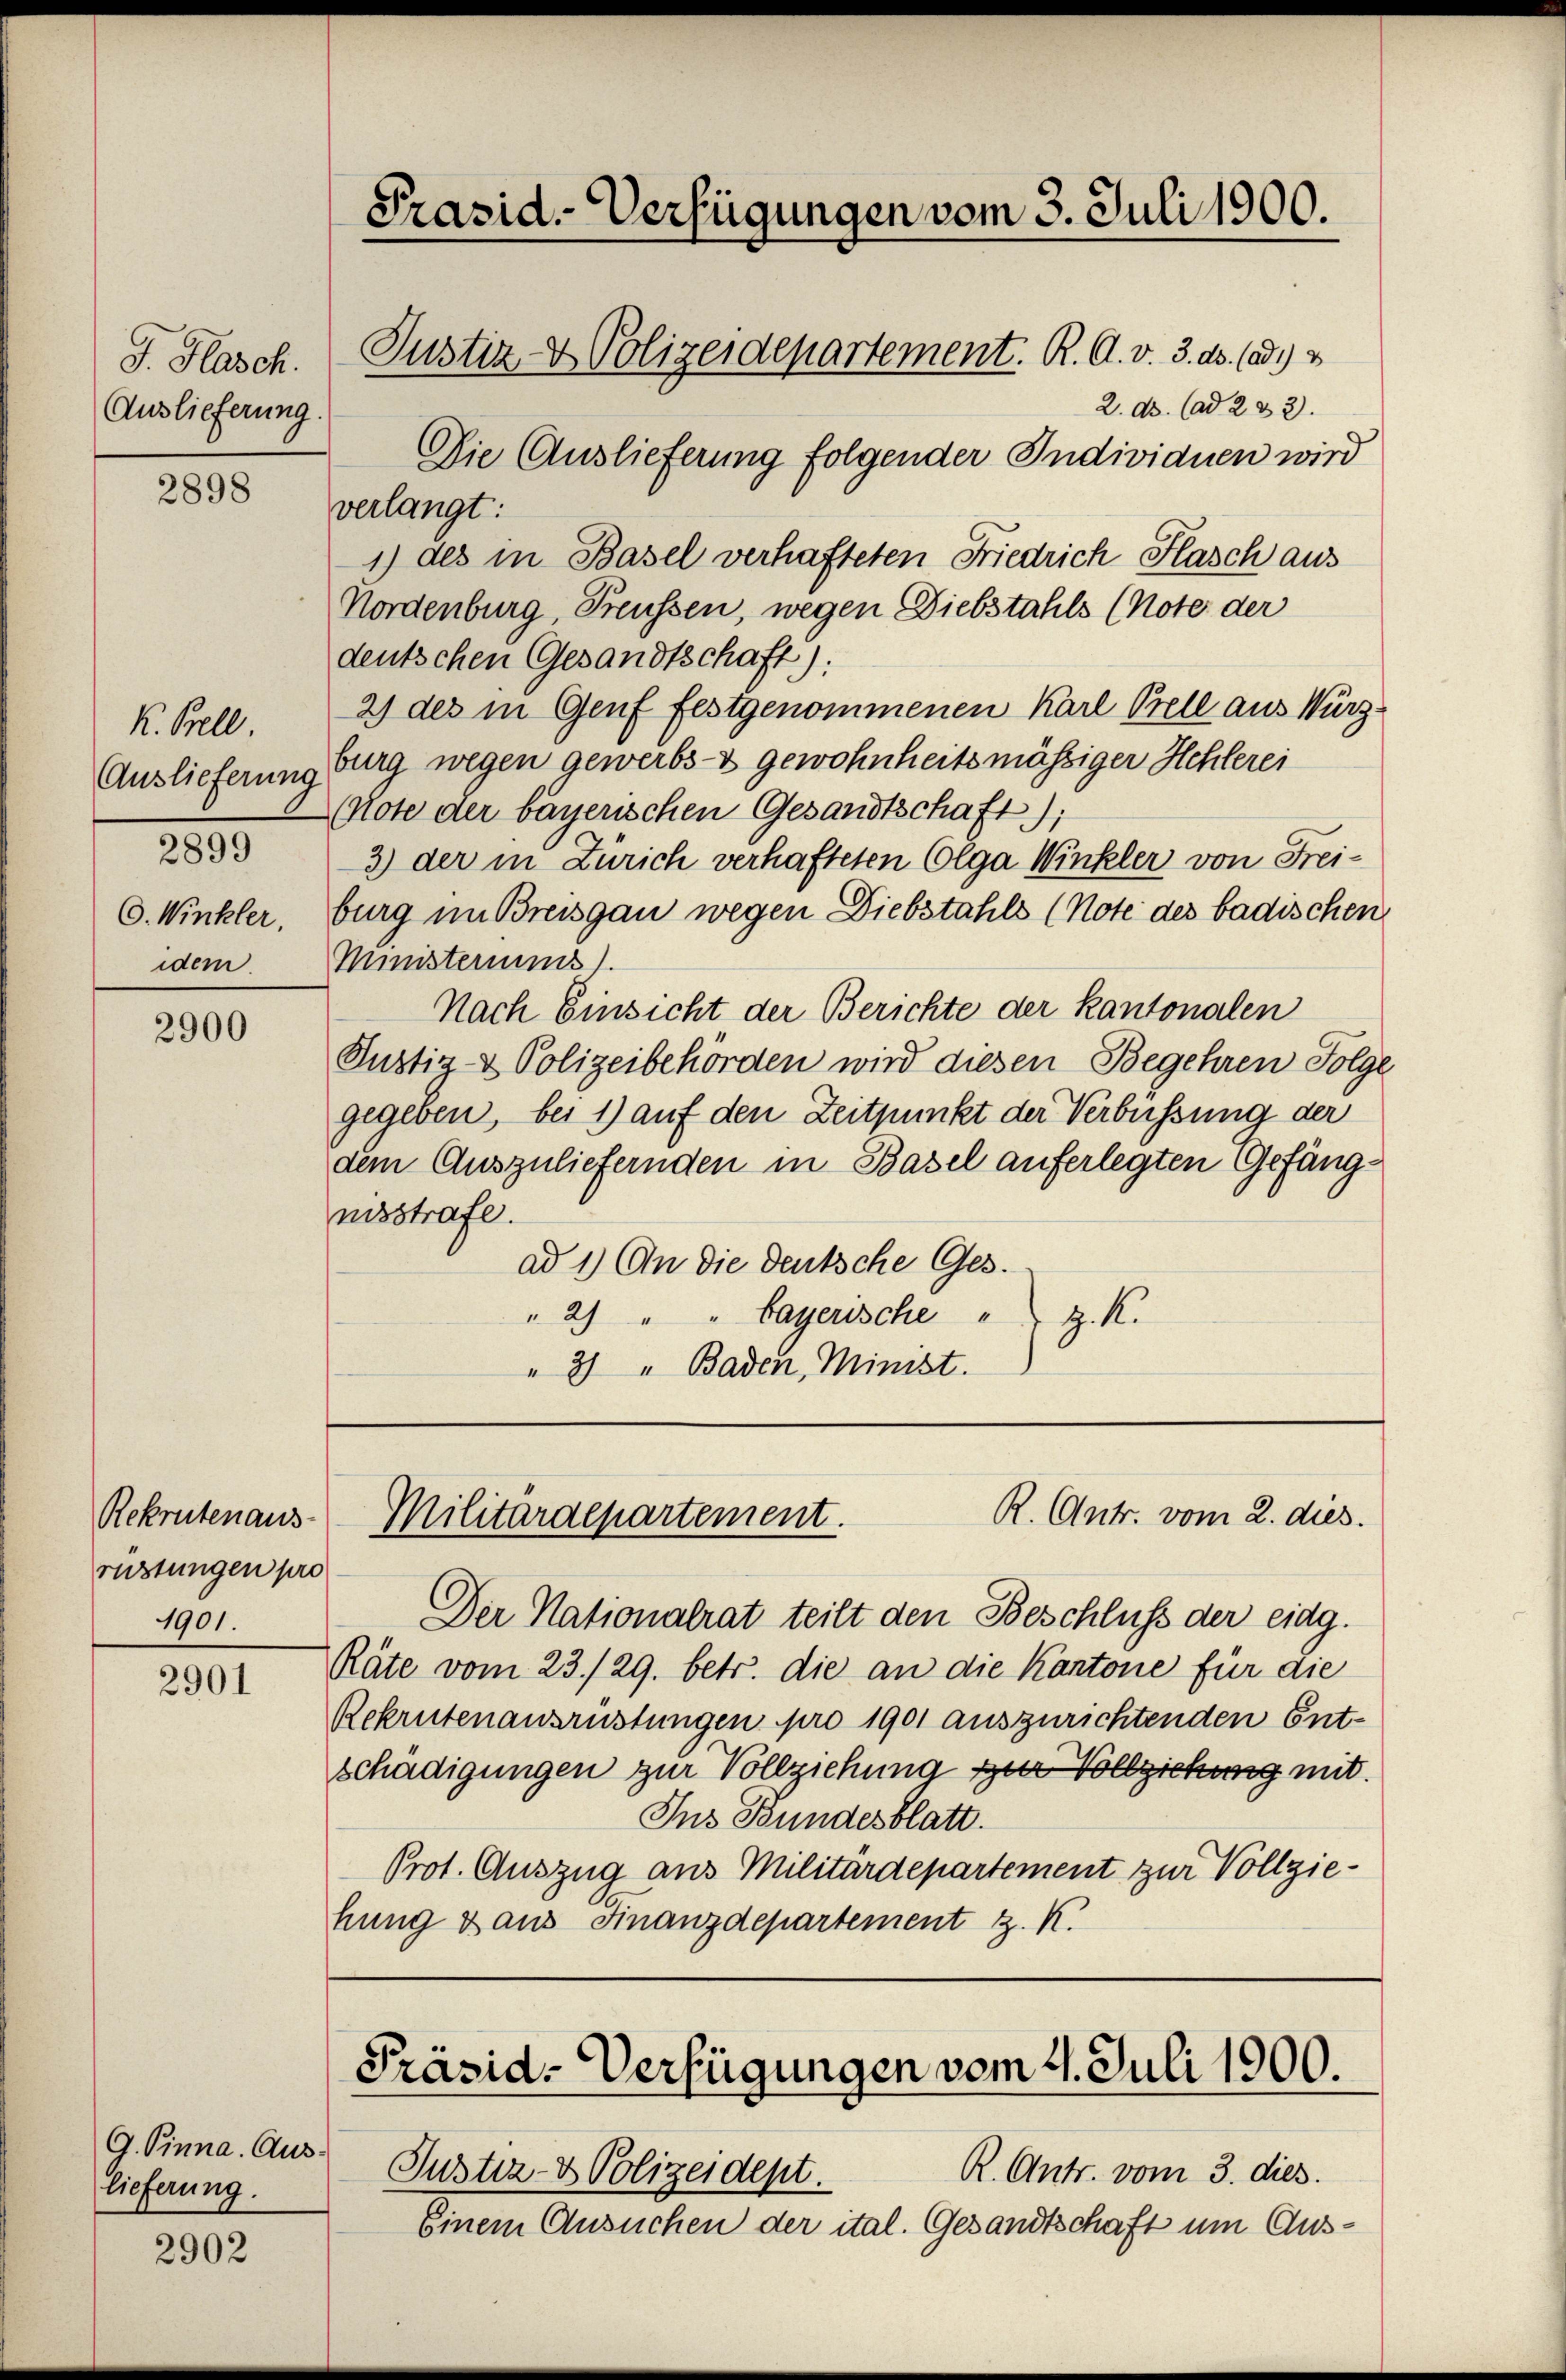
J. Flasch.
Auslieferung.

2898

K. Bell
Auslieferung
2899
C. Winkler,
idem.

2900

Rekrutenaus-
rüstungen pro
1901.

2901

lieferung.

2902

Präsid. Verfügungen vom 3. Juli 1900.

Justiz- & Polizeidepartement. R. A. v. 3. ds. (od.)
Die Auslieferung folgender Individuen wird

R. Antr. vom 2. dies.
Militaraepartement.

2. ds. (ad 2 & 2.
verlangt:
1) des in Basel verhafteten Friedrich Flasch aus
Nordenburg, Freussen, wegen Diebstahls (Note der
deutschen Gesandtschaft):
2) des in Genf festgenommenen Karl Prell aus Würzburg wegen gewerbs- & gewohnheitsmässiger Hehlerei
Note der bayerischen Gesandtschaft);
3) der in Zürich verhafteten Colga Winkler von Freiburg im Breisgau wegen Diebstahls (Note des badischen
Ministerium).
Nach Einsicht der Berichte der kantonalen
Justiz- & Polizeibehörden wird diesen Begehren Folge
gegeben, bei 1) auf den Zeitpunkt der Verbüssung der
dem Auszuliefernden in Basel auferlegten Gefängnisstrafe.
ad 1.) An die deutsche Ges.
"2) " " bayerische
z. R.
" 2 " Baden, Minist.

Der Nationalrat teilt den Beschluss der eidg.
Räte vom 23./29. betr. die an die Kantone für die
Rekrutenausrüstungen pro 1901 auszurichtenden Ent-
schädigungen zur Vollziehung zur Vollziehung mit
Ins Bundesblatt.
Prot. Auszug aus Militärdepartement zur Vollziehung & aus Finanzdepartement z. K.

Präsid. Verfügungen vom 4. Juli 1900.

G. Sinna. Aus- Justiz- & Polizeidept.
Einem Ansuchen der ital. Gesandtschaft um Aus¬

R. Antr. vom 3. dies